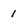
Character: 1